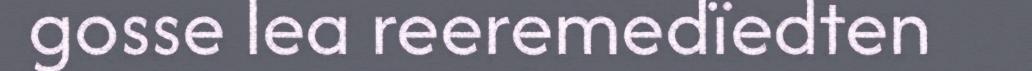
gosse lea reeremedïedten